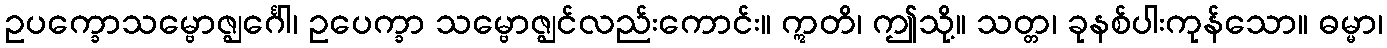
ဥပက္ခောသမ္ဗောဇ္ဈင်္ဂေါ၊ ဥပေက္ခာ သမ္ဗောဇ္ဈင်လည်းကောင်း။ ဣတိ၊ ဤသို့။ သတ္တ၊ ခုနစ်ပါးကုန်သော။ ဓမ္မာ၊